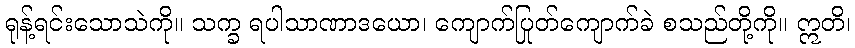
ရုန့်ရင်းသောသဲကို။ သက္ခ ရပါသာဏာဒယော၊ ကျောက်ပြုတ်ကျောက်ခဲ စသည်တို့ကို။ ဣတိ၊